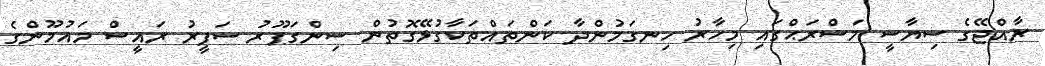
ރާއްޖޭގެ ސިޔާސީ މަސްރަޙްގައި މިހާރު ހިނގަމުންދާ ކަންތައްތަކާގުޅޭގޮތުން ސިންގަޕޫރު ސަފީރު ރައީސް މައުމޫންގެ